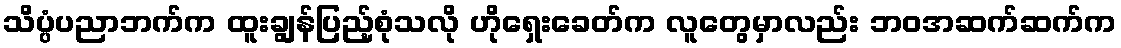
သိပ္ပံပညာဘက်က ထူးချွန်ပြည့်စုံသလို ဟိုရှေးခေတ်က လူတွေမှာလည်း ဘဝအဆက်ဆက်က